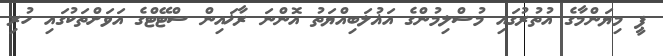
ޕީ މިޔަންމާގެ އުތުރުގައި މުސްލިމުންގެ އަޣުލަބިއްޔަތު އޮންނަ ރާޚައިން ސްޓޭޓްގެ އަވަށްތަކުގައި ހުރި